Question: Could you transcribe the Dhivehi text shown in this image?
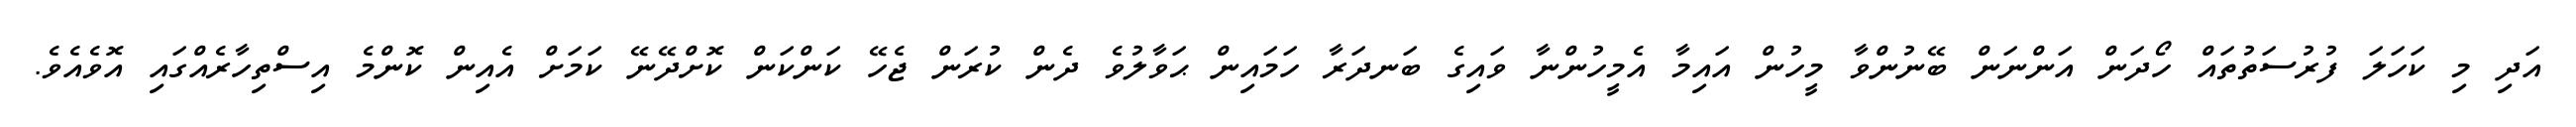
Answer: އަދި މި ކަހަލަ ފުރުސަތުތައް ހޯދަން އަންނަން ބޭނުންވާ މީހުން އައިމާ އެމީހުންނާ ވައިގެ ބަނދަރާ ހަމައިން ޙަވާލުވެ ދެން ކުރަން ޖެހޭ ކަންކަން ކޮށްދޭނޭ ކަމަށް އެއިން ކޮންމެ އިސްތިހާރެއްގައި އޮވެއެވެ.